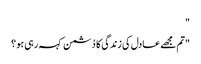
"
"تم مجھے عادل کی زندگی کا دُشمن کہہ رہی ہو ؟